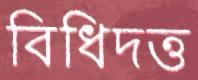
বিধিদত্ত